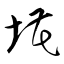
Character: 埖